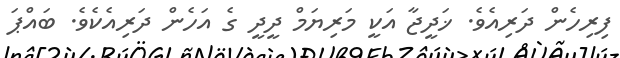
ފިރިހެން ދަރިއެވެ. ޚަދީޖާ އަކީ މަރިޔަމް ދީދީ ގެ އަހެން ދަރިއެކެވެ. ބައްޕަ